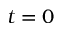
t = 0